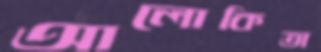
আলোকিতা